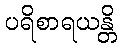
ပရိစာရယန္တိ